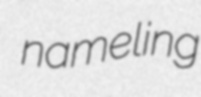
nameling